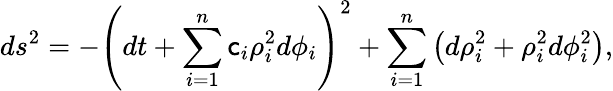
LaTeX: ds^{2}=-\left(dt+\sum_{i=1}^{n}\mathsf{c}_{i}\rho_{i}^{2}d\phi_{i}\right)^{2}+\sum_{i=1}^{n}\left(d\rho_{i}^{2}+\rho_{i}^{2}d\phi_{i}^{2}\right),